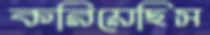
করিয়েছিস